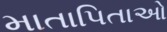
માતાપિતાઓ